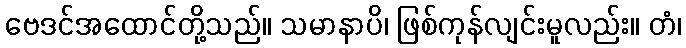
ဗေဒင်အထောင်တို့သည်။ သမာနာပိ၊ ဖြစ်ကုန်လျင်းမူလည်း။ တံ၊